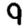
Digit: 9